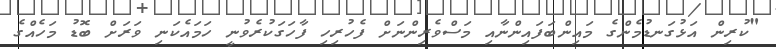
"ކުރިން އަޅުގަނޑުމެންގެ މައިންބަފައިންނާއި މަސްވެރިންނަށް ފެހުރިހި ފާހަގަކުރެވުނީ ހަމައެކަނި ވަރަށް ބޮޑު މަހެއްގެ